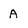
Character: A